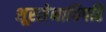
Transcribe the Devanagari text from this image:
शूरसेनाधिपति